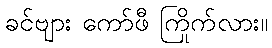
ခင်ဗျား ကော်ဖီ ကြိုက်လား။